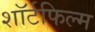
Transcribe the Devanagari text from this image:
शॉर्टफिल्म